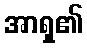
အာရှ၏